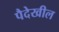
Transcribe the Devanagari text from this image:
पैदेखील